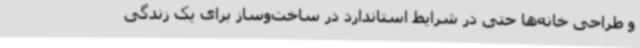
و طراحی خانه‌ها حتی در شرایط استاندارد در ساخت‌وساز برای یک زندگی